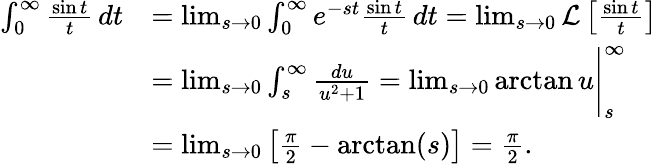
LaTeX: {\begin{array}{rl}{\int_{0}^{\infty}{\frac{\sin t}{t}}\, dt}&{=\operatorname*{lim}_{s\to 0}\int_{0}^{\infty}e^{-st}{\frac{\sin t}{t}}\, dt=\operatorname*{lim}_{s\to 0}{\mathcal{L}}\left[{\frac{\sin t}{t}}\right]}\\ &{=\operatorname*{lim}_{s\to 0}\int_{s}^{\infty}{\frac{du}{u^{2}+1}}=\operatorname*{lim}_{s\to 0}\arctan u{\Biggr|}_{s}^{\infty}}\\ &{=\operatorname*{lim}_{s\to 0}\left[{\frac{\pi}{2}}-\arctan(s)\right]={\frac{\pi}{2}}.}\end{array}}